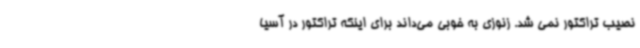
نصیب تراکتور نمی شد. زنوزی به خوبی می‌داند برای اینکه تراکتور در آسیا